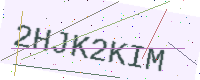
Text: 2HJK2KIM